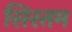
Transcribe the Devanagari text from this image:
सिस्तम